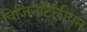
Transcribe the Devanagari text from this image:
विजिनटिलीयन